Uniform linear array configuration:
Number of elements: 48
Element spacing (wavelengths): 1
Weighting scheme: exponential
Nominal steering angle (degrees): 15
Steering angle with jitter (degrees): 16.552
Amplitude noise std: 0.05
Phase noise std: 0.05

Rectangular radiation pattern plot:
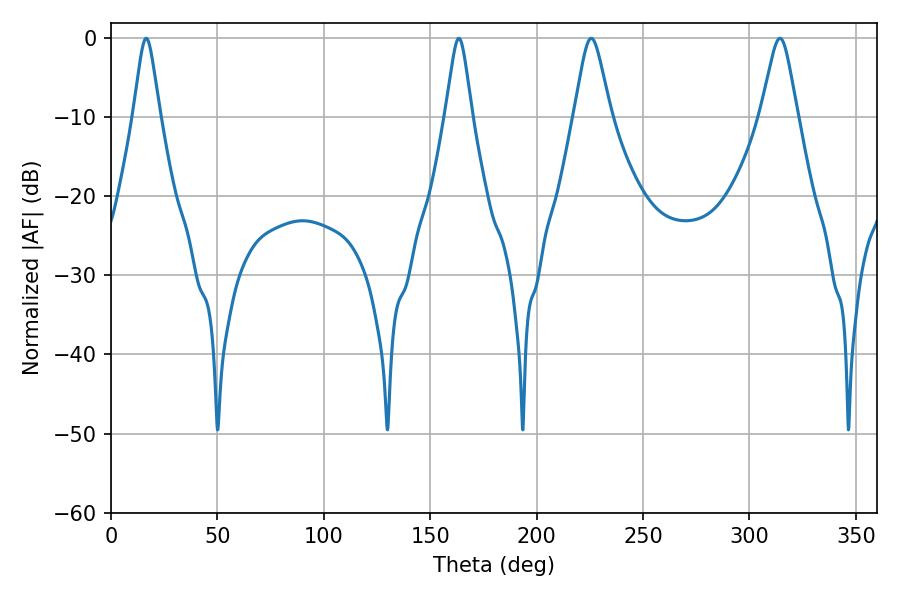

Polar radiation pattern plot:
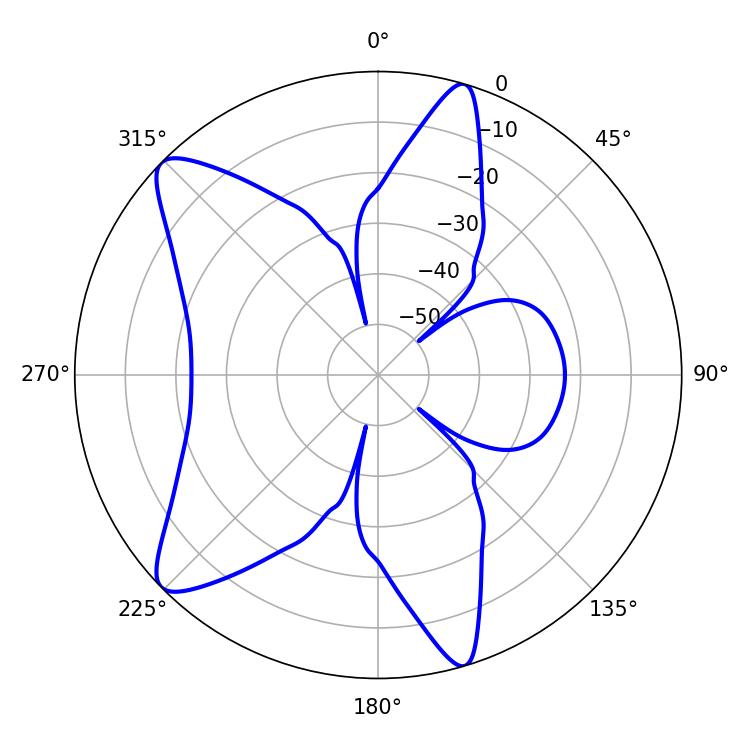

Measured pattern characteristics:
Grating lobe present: TRUE
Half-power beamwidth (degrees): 5.76
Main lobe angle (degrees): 16.56